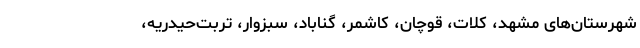
شهرستان‌های مشهد، کلات، قوچان، کاشمر، گناباد، سبزوار، تربت‌حیدریه،